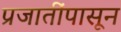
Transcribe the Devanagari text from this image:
प्रजातींपासून